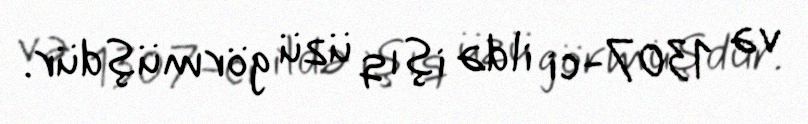
və 1307-ci ildə işıq üzü görmüşdür.